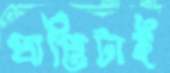
প্রাপ্তিটাই